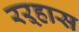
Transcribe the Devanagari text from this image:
रऱ्हास